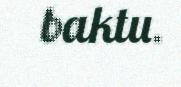
baktu.